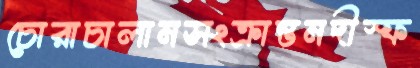
চোরাচালানসংক্রান্তনদীস্ফ